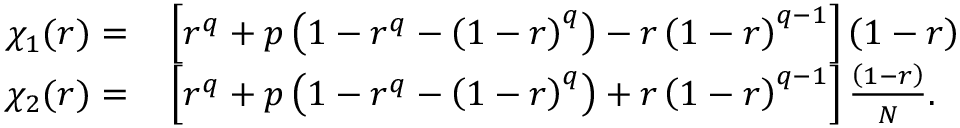
\begin{array} { r l } { \chi _ { 1 } ( r ) = } & { { } \left[ r ^ { q } + p \left( 1 - r ^ { q } - \left( 1 - r \right) ^ { q } \right) - r \left( 1 - r \right) ^ { q - 1 } \right] \left( 1 - r \right) } \\ { \chi _ { 2 } ( r ) = } & { { } \left[ r ^ { q } + p \left( 1 - r ^ { q } - \left( 1 - r \right) ^ { q } \right) + r \left( 1 - r \right) ^ { q - 1 } \right] \frac { \left( 1 - r \right) } { N } . } \end{array}